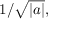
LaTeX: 1 / { \sqrt { | a | } } ,